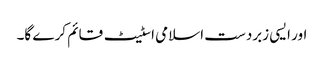
اور ایسی زبردست اسلامی اسٹیٹ قائم کر ے گا۔